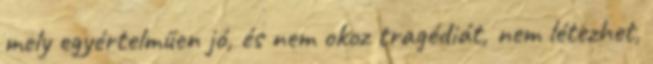
mely egyértelműen jó, és nem okoz tragédiát, nem létezhet,